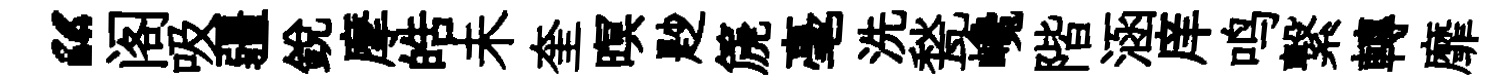
“阁吸疆銳摩皓未奎暝尟篪毫洗甃巉階涵庠鸣繋轉靡